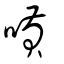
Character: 嗊